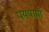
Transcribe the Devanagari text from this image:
पयपापी